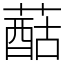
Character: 䔯